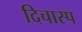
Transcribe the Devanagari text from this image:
दिचास्प